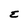
Character: E